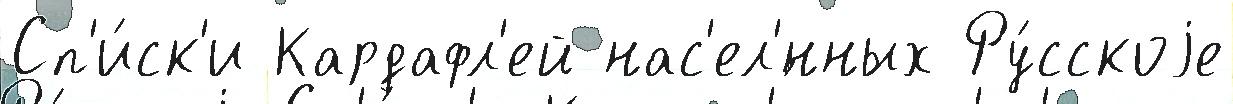
Сп'и́ск'и Кардафл'ей нас'ел'́нных Ру́сскоjе